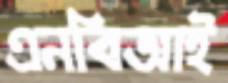
এনবিআই